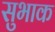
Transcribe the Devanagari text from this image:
सुभाक